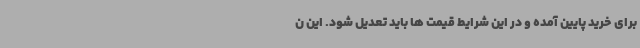
برای خرید پایین آمده و در این شرایط قیمت ها باید تعدیل شود. این ن